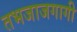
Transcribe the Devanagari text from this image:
तभजाजगागी